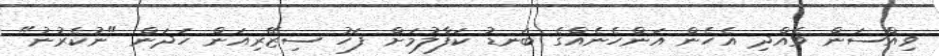
ވިއްސަން ވެއްދި އެހެން އަންހެނެއްގެ ބަނޑު ކަފާލުމަށް ފަހު ސިޒޭރިއަން ހަދަން "ނުކެރުނު"